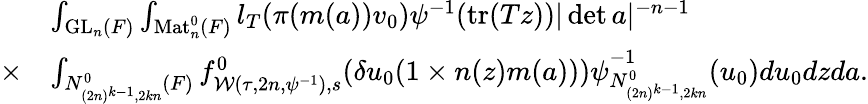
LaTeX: \begin{array}{rl}&{\int_{\mathrm{GL}_{n}(F)}\int_{\mathrm{Mat}_{n}^{0}(F)}l_{T}(\pi(m(a))v_{0})\psi^{-1}(\mathrm{tr}(Tz))|\operatorname*{det}a|^{-n-1}}\\ {\times}&{\int_{N_{(2n)^{k-1},2kn}^{0}(F)}f_{\mathcal{W}(\tau,2n,\psi^{-1}),s}^{0}(\delta u_{0}(1\times n(z)m(a)))\psi_{N_{(2n)^{k-1},2kn}^{0}}^{-1}(u_{0})du_{0}dzda.}\end{array}